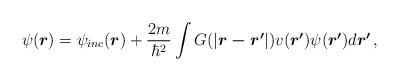
LaTeX: \begin{align*}\psi(\mbox{\boldmath$r$}) = \psi_{inc}(\mbox{\boldmath$r$})+\frac{2m}{\hbar^{2}}\int G(|\mbox{\boldmath$r-r'$}|) v(\mbox{\boldmath$r'$})\psi(\mbox{\boldmath$r'$})d\mbox{\boldmath$r'$}\,, \end{align*}